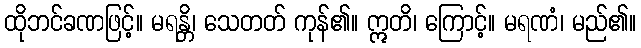
ထိုဘင်ခဏဖြင့်။ မရန္တိ၊ သေတတ် ကုန်၏။ ဣတိ၊ ကြောင့်။ မရဏံ၊ မည်၏။